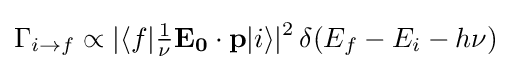
\Gamma _{i\to f}\propto |\langle f|{\tfrac {1}{\nu }}\mathbf {E_{0}} \cdot \mathbf {p} |i\rangle |^{2}\,\delta (E_{f}-E_{i}-h\nu )